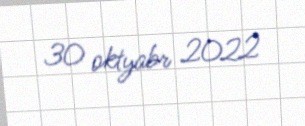
30 oktyabr 2022